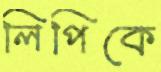
লিপিকে